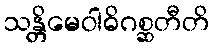
သန္တိမေဝါဓိဂစ္ဆတီတိ